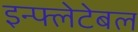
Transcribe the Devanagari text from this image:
इन्फ्लेटेबल